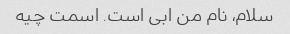
سلام، نام من ابی است. اسمت چیه